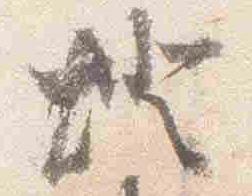
灯